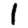
Digit: 1